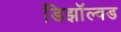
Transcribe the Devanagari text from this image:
डिझॉल्वड